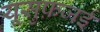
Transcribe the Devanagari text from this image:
यूसुफ़जई